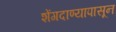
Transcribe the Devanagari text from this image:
शेंगदाण्यापासून